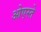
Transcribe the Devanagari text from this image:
ओएस्ते